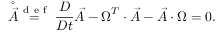
\stackrel { \circ } { \vec { A } } \stackrel { \mathrm { ~ d ~ e ~ f ~ } } { = } \frac { D } { D t } \vec { A } - \boldsymbol { \Omega } ^ { T } \cdot \vec { A } - \vec { A } \cdot \boldsymbol { \Omega } = \boldsymbol { 0 } .